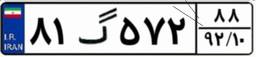
۸۱گ۵۷۲۸۸